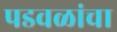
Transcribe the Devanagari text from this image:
पडवळांचा